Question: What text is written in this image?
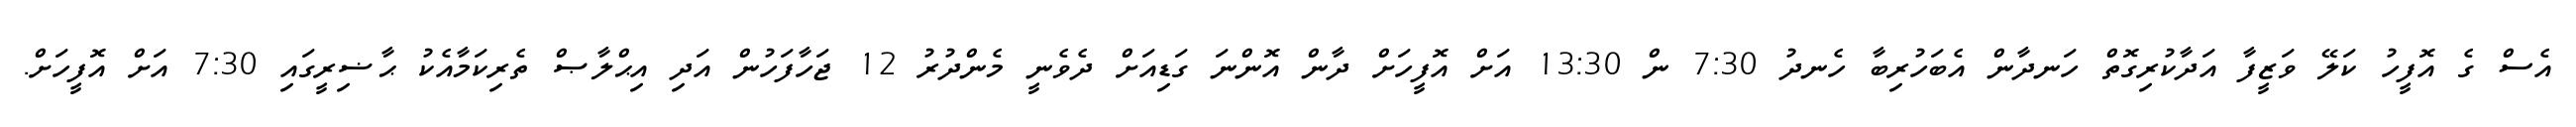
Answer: އެސް ގެ އޮފީހު ކަލޭ ވަޒީފާ އަދާކުރިގޮތް ހަނދާން އެބަހުރިބާ ހެނދު 7:30 ން 13:30 އަށް އޮފީހަށް ދާން އޮންނަ ގަޑިއަށް ދެވެނީ މެންދުރު 12 ޖަހާފަހުން އަދި އިޙްލާޞް ތެރިކަމާއެކު ޙާޟިރީގައި 7:30 އަށް އޮފީހަށް.